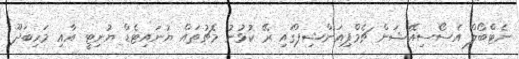
ނެޓްބޯލް އެސޯސިއޭޝަން ޗެމްޕިއަންޝިޕްގައި ރޭ ކުޅުނު މެޗުތައް ޔުނައިޓެޑް ޔުނިޓީ އާއި މަހިބަދޫ